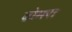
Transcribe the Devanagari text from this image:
ढोमरा